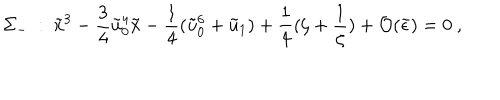
\Sigma _ { - } \ : \ \tilde { x } ^ { 3 } - \frac { 3 } { 4 } \tilde { u } _ { 0 } ^ { 4 } \tilde { x } - \frac { 1 } { 4 } ( \tilde { u } _ { 0 } ^ { 6 } + \tilde { u } _ { 1 } ) + \frac { 1 } { 4 } ( \zeta + \frac { 1 } { \zeta } ) + { \cal O } ( \tilde { \epsilon } ) = 0 \ ,